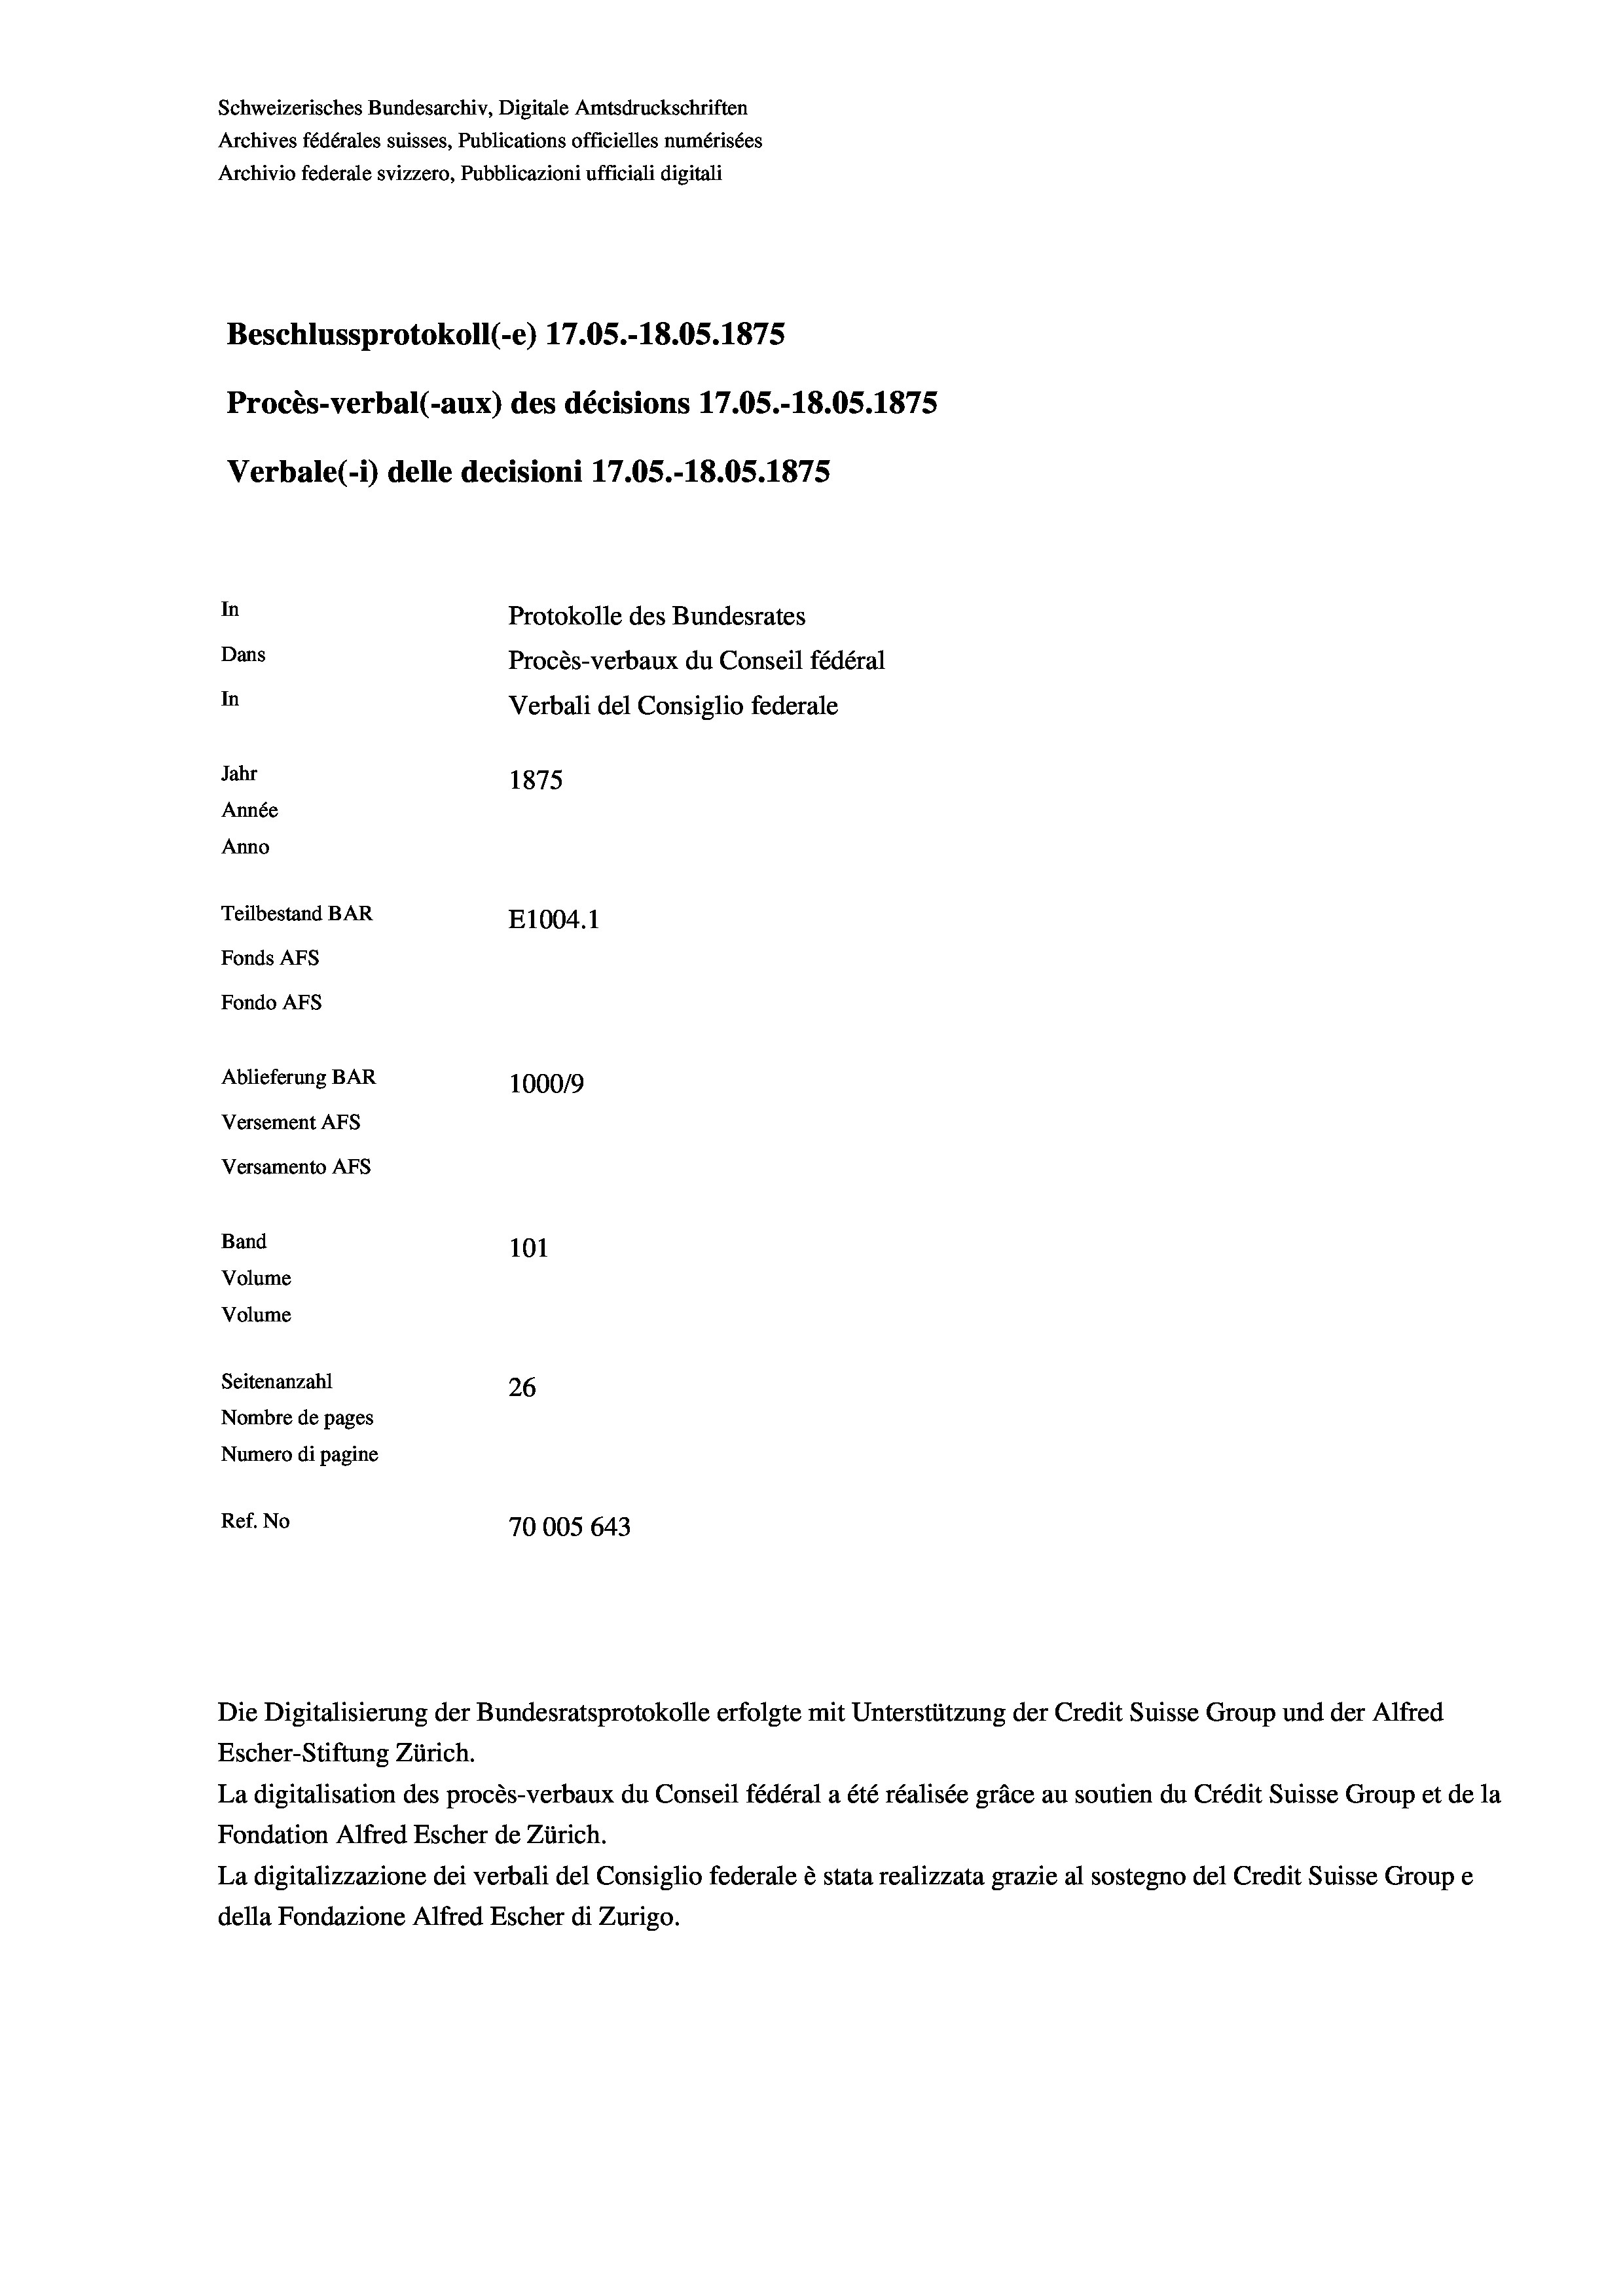
Schweizerisches Bundesarchiv, Digitale Amtsdruckschriften
Archives fédérales suisses, Publications officielles numérisées
Archivio federale svizzero, Pubblicazioni ufficiali digitali
Beschlussprotokoll (-e) 17.05.-18.05. 1875
Procès-verbal (-aux) des décisions 17.05.-18.05. 1875
Verbale(*) delle decisioni 17.05.-18.05. 1875
In
Protokolle des Bundesrates
Dans
Procès-verbaux du Conseil fédéral
In
Verbali del Consiglio federale
Jahr
1875
Année
Anno
Teilbestand BAR
E1004.1
Fonds Afs
Fondo AFs
Ablieferung BAR
100019
Versement AFs
Versamento Afs

101
Volume
Volume
Seitenanzahl
26
Nombre de pages
Numero di pagine
Ref. No
70005 643

Band

Die Digitalisierung der Bundesratsprotokolle erfolgte mit Unterstützung der Credit Suisse Group und der Alfred
Escher-Stiftung Zürich.
La digitalisation des procès-verbaux du Conseil fédéral a été réalisée gräce au soutien du Crédit Suisse Group et de la
Fondation Alfred Escher de Zürich.
La digitalizzazione dei verbali del Consiglio federale è stata realizzata grazie al sostegno del Credit Suisse Groupe
della Fondazione Alfred Escher di Zurigo.